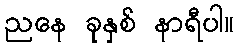
ညနေ ခုနှစ် နာရီပါ။